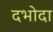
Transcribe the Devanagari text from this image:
दभोदा